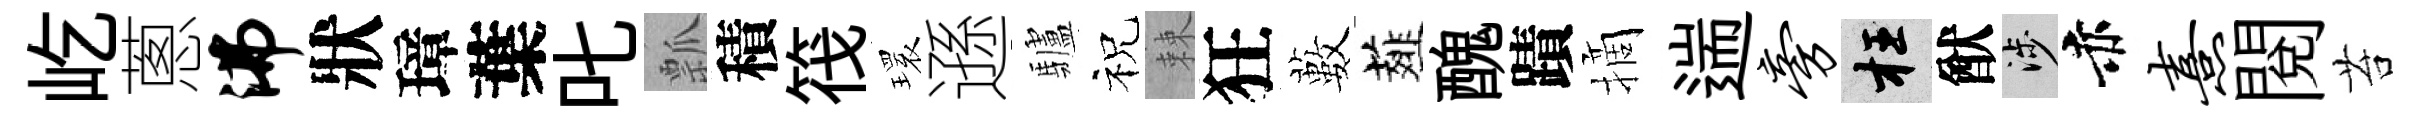
屹蔥沸狀璋葉叱瓢積筏𤨔遜驢祝棘狂藪薤醜蹟摘遄旁枉猷涉赤熹閲苔